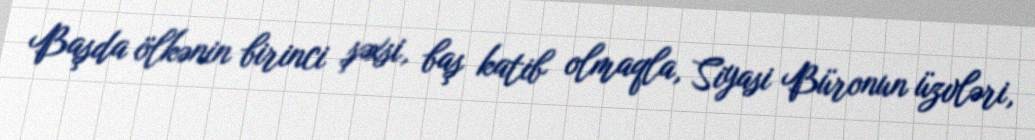
Başda ölkənin birinci şəxsi, baş katib olmaqla, Siyasi Büronun üzvləri,